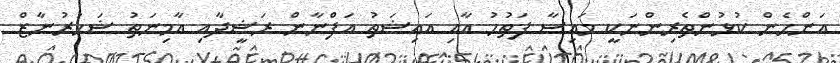
އަންހެން ކުޅުންތެރިންނަކީ މައިސާ ފަތުހު އާއި އައިޝަތު އަފްނާން ރަޝީދާއި އާމިނަތު ޝަހުރުނާޒް